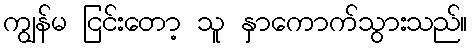
ကျွန်မ ငြင်းတော့ သူ နှာကောက်သွားသည်။